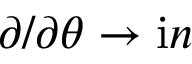
\partial / \partial \theta \to \mathrm { i } n